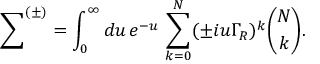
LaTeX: { \sum } ^ { ( \pm ) } = \int _ { 0 } ^ { \infty } d u \, e ^ { - u } \, \sum _ { k = 0 } ^ { N } ( \pm i u \Gamma _ { R } ) ^ { k } { \binom { N } { k } } .